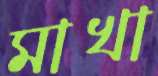
মাখা